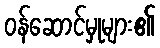
ဝန်ဆောင်မှုများ၏